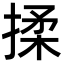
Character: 揉